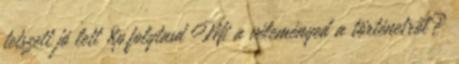
tetszett jó lett 8p.folytasd Mi a véleményed a történetről?